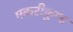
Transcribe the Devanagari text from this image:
मकरीकुण्‍ड